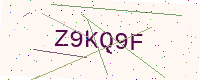
Text: Z9KQ9F